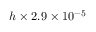
h \times 2 . 9 \times 1 0 ^ { - 5 }